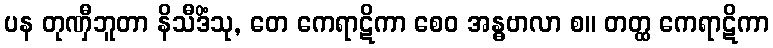
ပန တုဏှီဘူတာ နိသီဒိံသု, တေ ကေရာဋိကာ စေဝ အန္ဓဗာလာ စ။ တတ္ထ ကေရာဋိကာ